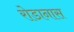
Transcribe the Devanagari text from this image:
रोडानास